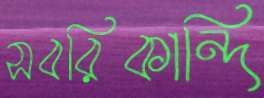
সবরিকান্দি